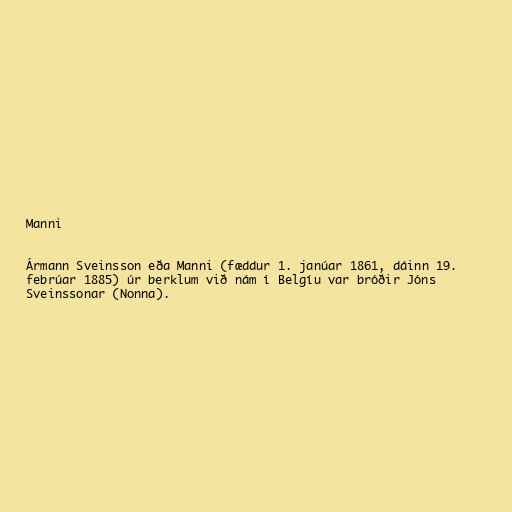
Manni

Ármann Sveinsson eða Manni (fæddur 1. janúar 1861, dáinn 19.
febrúar 1885) úr berklum við nám í Belgíu var bróðir Jóns
Sveinssonar (Nonna).